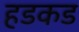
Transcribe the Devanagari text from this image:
हडकड